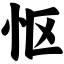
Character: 怄